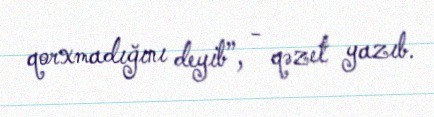
qorxmadığını deyib”, - qəzet yazıb.